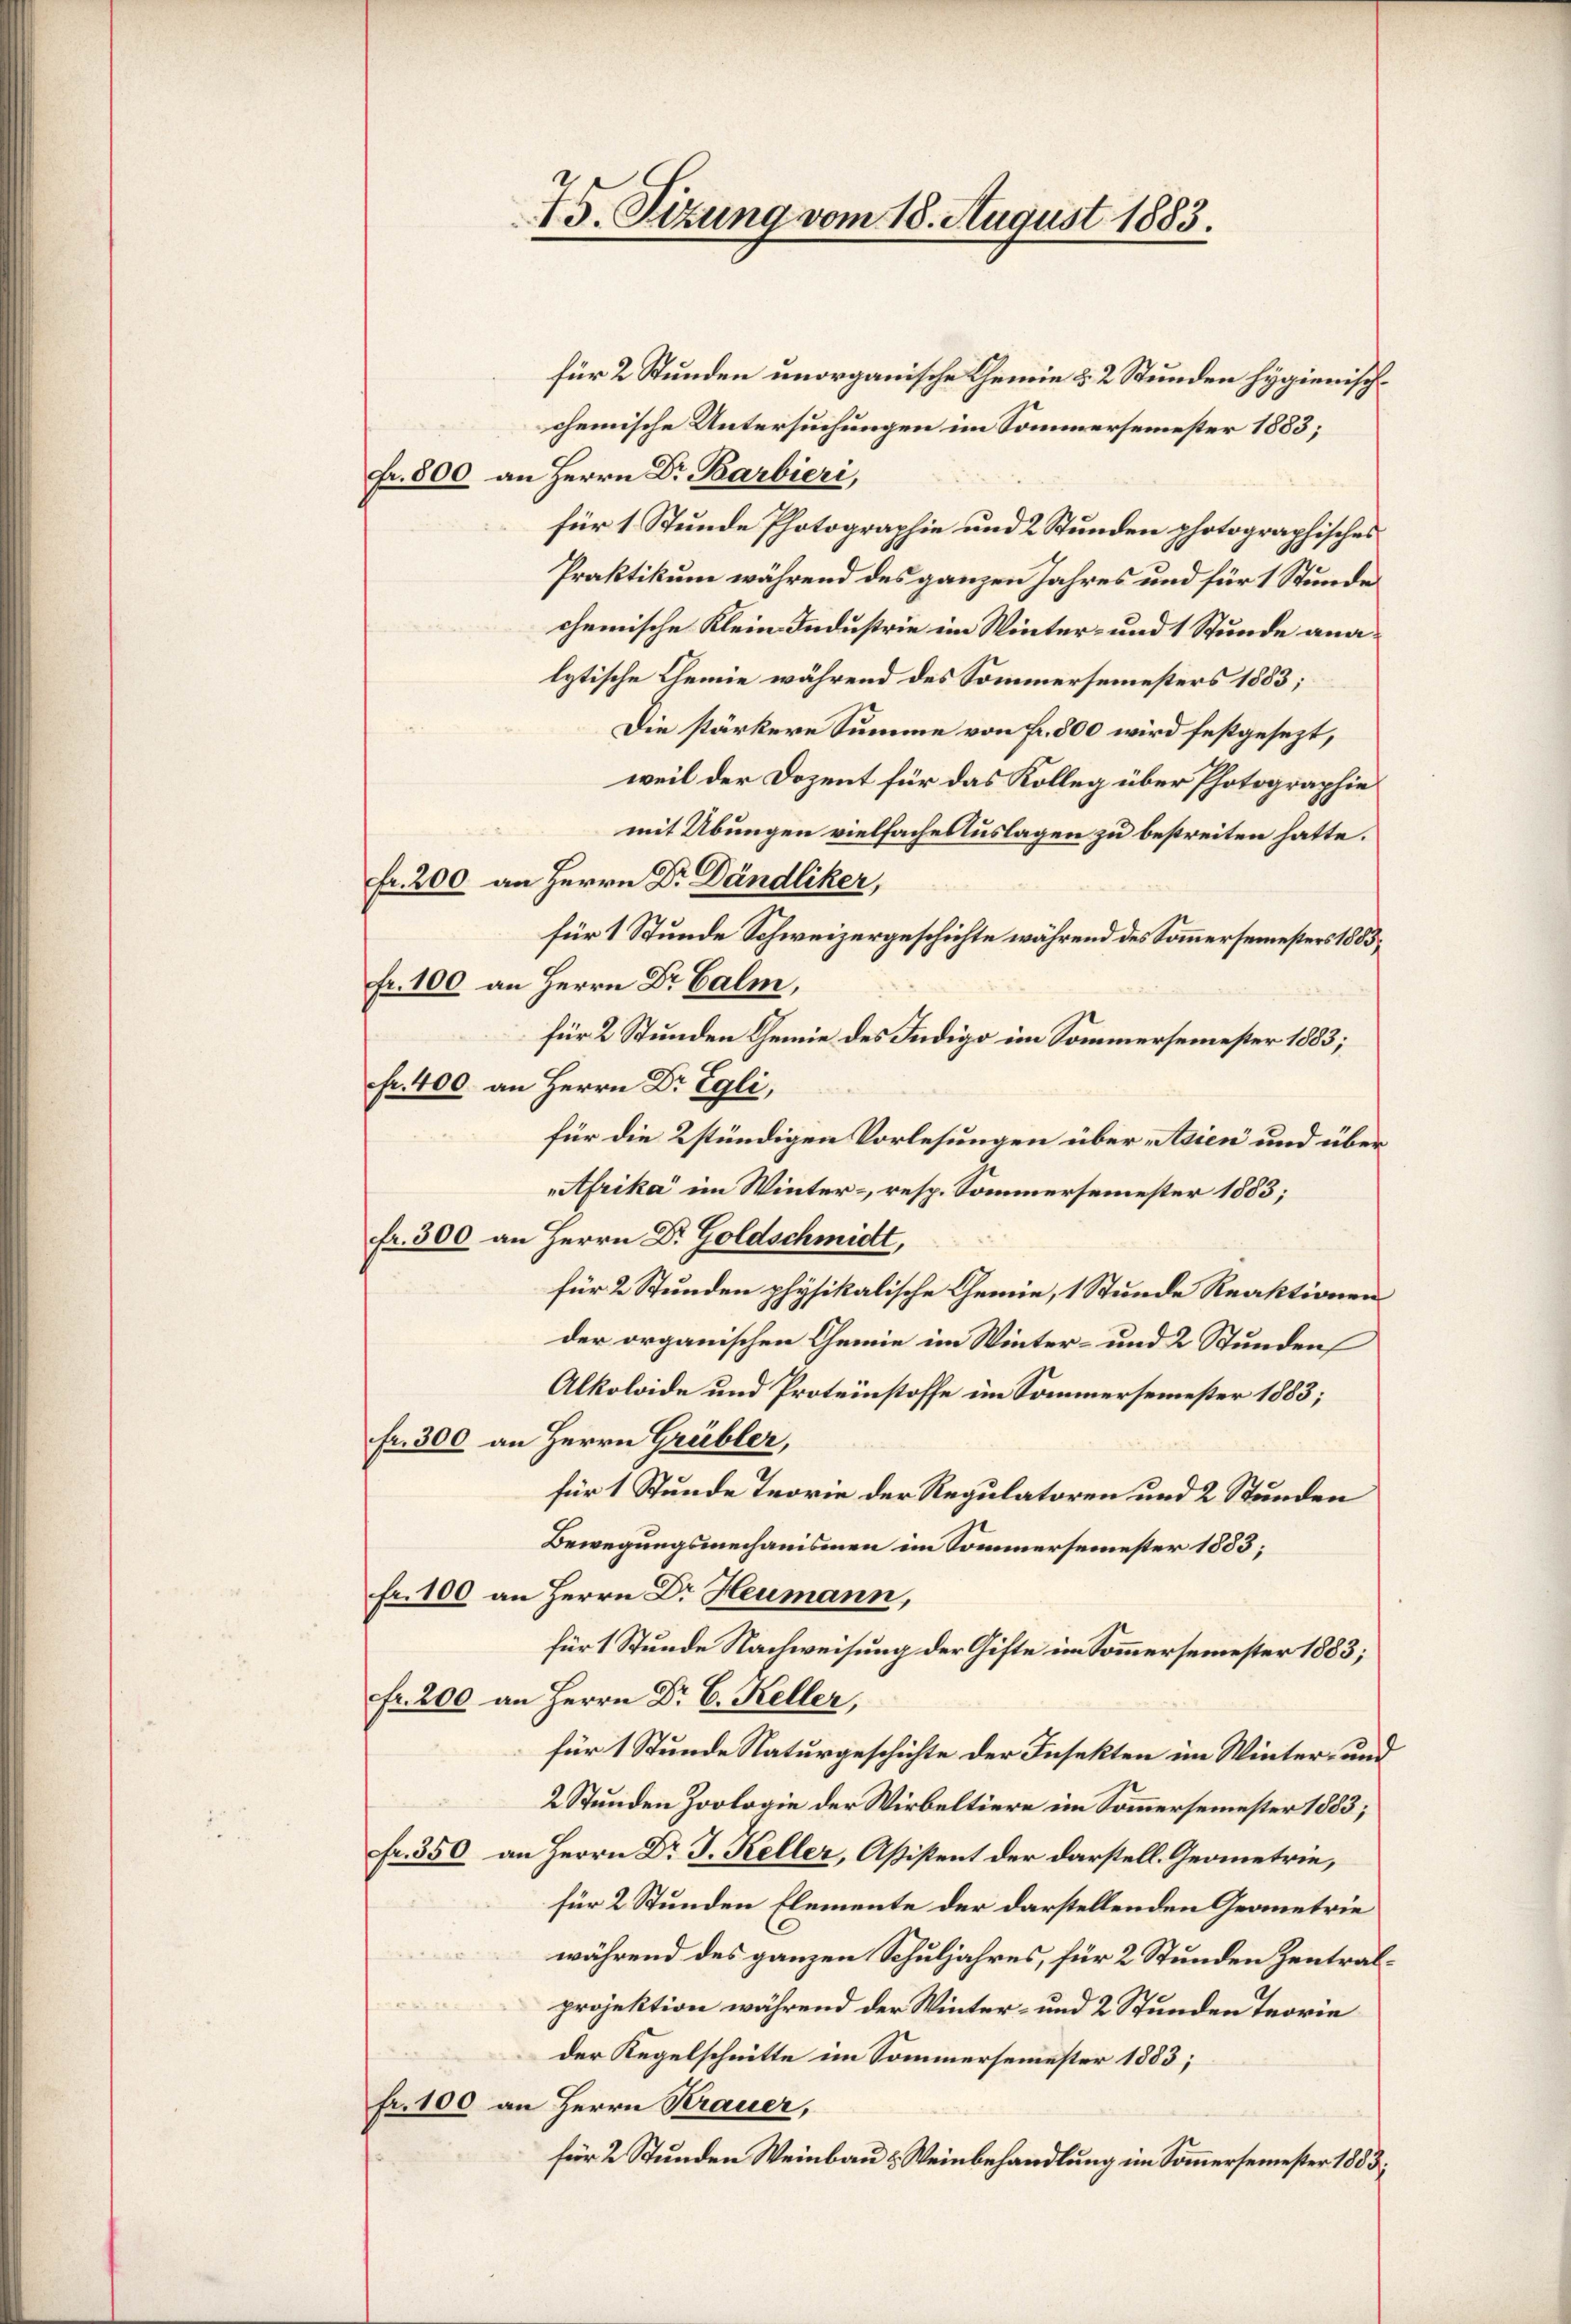
für 2 Stunden unorganische Chemie 2 2 Stunden hygienischchemische Untersuchungen im Sommersemester 1883;
Fr. 800 an Herrn Dr. Barbieri,
für 1 Stunde Photographie und 2 Stunden photographisches
Praktikum während des ganzen Jahres und für 1 Stunde
chemische Klein Industrie im Winter- und 1 Stunde analytische Chemie während des Sommersemesters 1883;
Die stärkere Summe von Fr. 500 wird festgesezt,
weil der Dozent für das Kolleg über Photographie
mit Übungen vielfache Auslagen zu bestreiten hatte.
fr. 200 an Herrn Dr Dändliker,
für 1 Stunde Schweizergeschichte während des Sommersemesters 1805.
fr. 100 an Herrn Dr Balm,
für 2 Stunden Chemie des Indigo im Sommersemester 1883;
fr. 400. an Herrn Dr Egli,
für die 2stündigen Vorlesungen über Asien und über
Afrika im Winter- resp. Sommersemester 1883;
fr. 300 an Herrn Dr. Goldschmidt,
für 2 Stunden physikalische Chemie, 1 Stunde Reaktionen
der organischen Chemie im Winter- und 2 Stunden
Alkoloide und Proteinstoffe im Sommersemester 1883;
fr. 300 an Herrn Grübler,
für 1 Stunde Teorie der Regulatoren und 2 Stunden
Bewegungsmechanismen im Sommersemester 1883;
fr. 100 an Herrn Dr. Heumann,
für 1 Stunde Nachweisung der Gifte im Sommersemester 1883;
fr. 200 an Herrn Dr. C. Keller,
für 1 Stunde Naturgeschichte der Insekten im Winter- und
2 Stunden Zoologie der Wirbeltiere im Sommersemester 1883;
fr. 350 an Herrn Dr J. Keller, Aßistent der darstell. Geometrie,
für 2 Stunden Elemente der darstellenden Geometrie
während des ganzen Schuljahres, für 2 Stunden Zentralprojektion während der Winter- und 2 Stunden Teorie
der Regelschnitte im Sommersemester 1883;
fr. 100 an Herrn Krauer,
für 2 Stunden Weinbau & Weinbehandlung im Sommersemester 1853,

75. Sizung vom 18. August 1883.